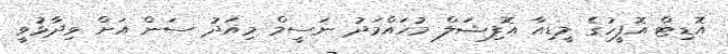
އޮޑިޓް އޮފީހުގެ މީޑިއާ އޮފިޝަލް މުހައްމަދު ނަސީމް މިއަދު ސަން އަށް ވިދާޅުވީ